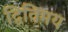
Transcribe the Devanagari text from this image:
द्विविमय